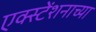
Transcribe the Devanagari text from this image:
एक्स्टेंशनाच्या